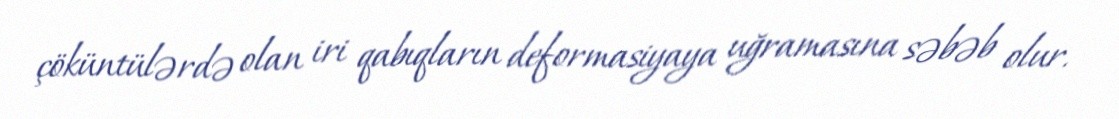
çöküntülərdə olan iri qabıqların deformasiyaya uğramasına səbəb olur.